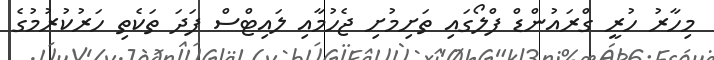
މިހާރު ހުރީ ގްރައުންޑް ފްލޯގައި ތަށިމުށި ޖެހުމާއި ލައިޓްސް ފަދަ ތަކެތި ހަރުކުރުމުގެ